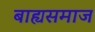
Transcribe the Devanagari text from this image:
बाह्यसमाज